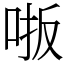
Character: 𫩾